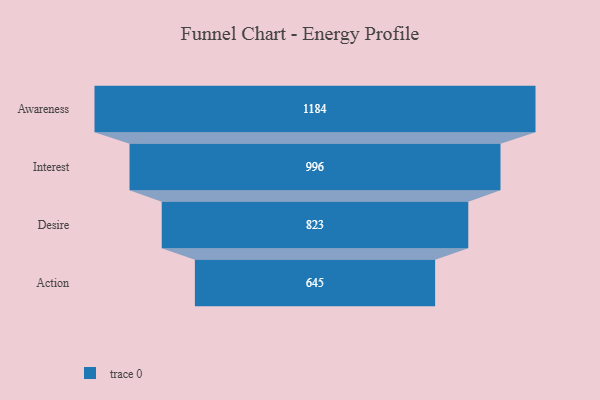
{"axis": {"x": "Stage", "y": "Value"}, "legend": [""], "data": [{"x": "Awareness", "y": 1184.0, "type": ""}, {"x": "Interest", "y": 996.0, "type": ""}, {"x": "Desire", "y": 823.0, "type": ""}, {"x": "Action", "y": 645.0, "type": ""}]}